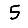
Digit: 5